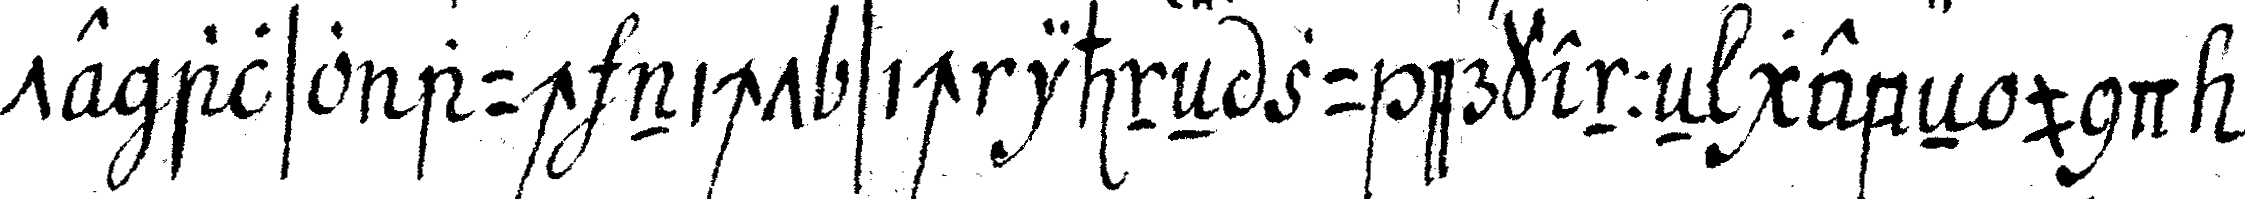
te also auch nicht sich ihneN zu erkenneN gebeN und